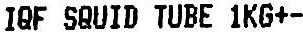
IQF SQUID TUBE 1KG+-